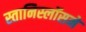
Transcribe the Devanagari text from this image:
स्तानिस्लॉसने